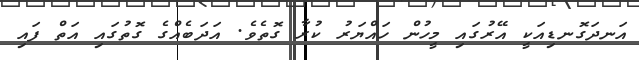
އަނދަގޮނޑިއަކީ އޭރުގައި މީހުން ހައްޔަރު ކުރާ ގޮތެވެ. އަދަބެއްގެ ގޮތުގައި އަތް ފައި